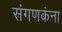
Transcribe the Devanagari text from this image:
संगणकंना